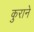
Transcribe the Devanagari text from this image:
कुराने